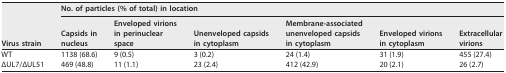
| <ROWSPAN=2> Virus strain | <COLSPAN=6> No. of particles (% of total) in location |
 | Capsids in nucleus | Enveloped virions in perinuclear space | Unenveloped capsids in cytoplasm | Membrane-associated unenveloped capsids in cytoplasm | Enveloped virions in cytoplasm | Extracellular virions |
 | --- | --- | --- | --- | --- | --- | --- |
 | WT | 1138 (68.6) | 9 (0.5) | 3 (0.2) | 24 (1.4) | 31 (1.9) | 455 (27.4) |
 | ΔUL7/ΔUL51 | 469 (48.8) | 11 (1.1) | 23 (2.4) | 412 (42.9) | 20 (2.1) | 26 (2.7) |